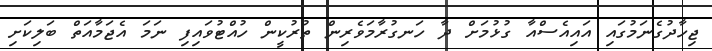
ޖިހާދުގެނަމުގައި އައިއެސްއާ ގުޅުމަށް ދާ ހަނގުރާމަވެރިން ތުރުކީން ހުއްޓުވައިފިި ނަމަ އެޖަމާއަތް ބަލިކަށި